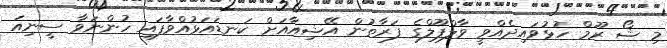
މި ޝޯ ރޫމް ހުޅުވައިދެއްވީ ވާލްޕޫލްގެ ފަރާތުން އޭޝިއާއަށް ކަނޑައަޅުއްވާފައި ހުންނަވާ ސީނިއަ